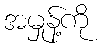
အမှုန့်ကို